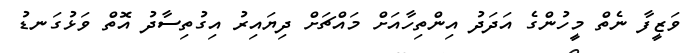
ވަޒީފާ ނެތް މީހުންގެ އަދަދު އިންތިހާއަށް މައްޗަށް ދިޔައިރު އިގުތިސާދު އޮތް ވަޅުގަނޑު